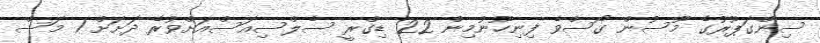
ސިންގަޕޫރުގެ މޫސުން ގޯސްވެ ފިނިހޫނުމިން 22 ޑިގްރީ ސެލްސިއަސްއަށްވުރެ ދަށަށް 1 މަސް